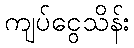
ကျပ်ငွေသိန်း